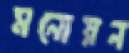
মনোয়ন